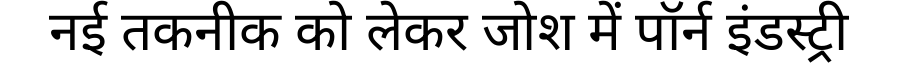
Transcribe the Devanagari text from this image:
नई तकनीक को लेकर जोश में पॉर्न इंडस्ट्री